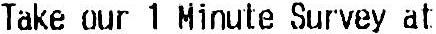
TAKE OUR 1 MINUTE SURVEY AT